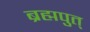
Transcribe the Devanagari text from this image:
ब्रह्मपुत्